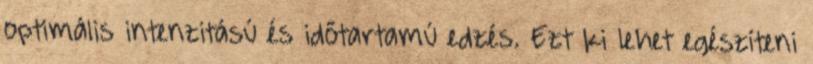
optimális intenzitású és időtartamú edzés. Ezt ki lehet egészíteni